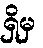
ရှိမှ